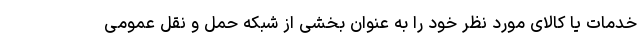
خدمات یا کالای مورد نظر خود را به عنوان بخشی از شبکه حمل و نقل عمومی